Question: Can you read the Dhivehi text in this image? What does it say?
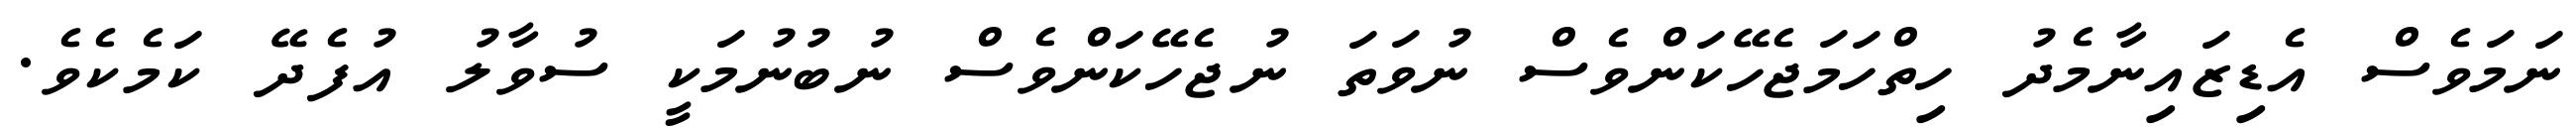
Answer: ނަމަވެސް އެޑިޒައިނާމެދު ހިތްހަމަޖެހޭކަންވެސް ނުވަތަ ނުޖެހޭކަންވެސް ނުބުނުމަކީ ސުވާލު އުފެދޭ ކަމެކެވެ.